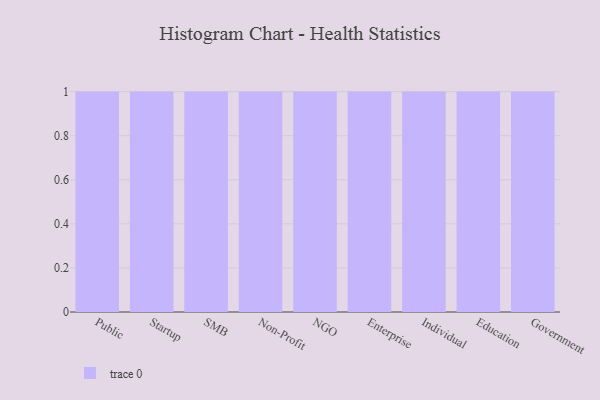
{"axis": {"x": "Segment", "y": "Net Income (USD K)"}, "legend": [""], "data": [{"x": "Public", "y": 19, "type": ""}, {"x": "Startup", "y": 100, "type": ""}, {"x": "SMB", "y": 80, "type": ""}, {"x": "Non-Profit", "y": 30, "type": ""}, {"x": "NGO", "y": 14, "type": ""}, {"x": "Enterprise", "y": 42, "type": ""}, {"x": "Individual", "y": 11, "type": ""}, {"x": "Education", "y": 13, "type": ""}, {"x": "Government", "y": 34, "type": ""}]}